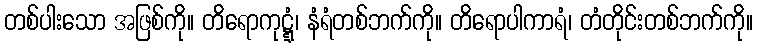
တစ်ပါးသော အဖြစ်ကို။ တိရောကုဋ္ဋံ၊ နံရံတစ်ဘက်ကို။ တိရောပါကာရံ၊ တံတိုင်းတစ်ဘက်ကို။